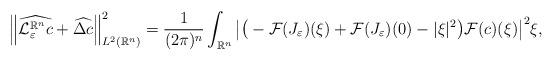
LaTeX: \begin{align*}\Big\|\widehat{\mathcal{L}^{\mathbb{R}^n}_\varepsilon c} + \widehat{\Delta c}\Big\|_{L^2(\mathbb{R}^n)}^2 = \frac{1}{(2\pi)^n} \int_{\mathbb{R}^n}\big|\big(-\mathcal{F}(J_\varepsilon)(\xi) + \mathcal{F}(J_\varepsilon)(0) - |\xi|^2\big)\mathcal{F}(c)(\xi)\big|^2\xi,\end{align*}